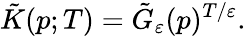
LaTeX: {\tilde{K}}(p;T)={\tilde{G}}_{\varepsilon}(p)^{T/\varepsilon}.